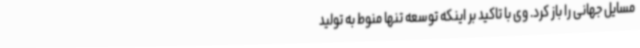
مسایل جهانی را باز کرد. وی با تاکید بر اینکه توسعه تنها منوط به تولید